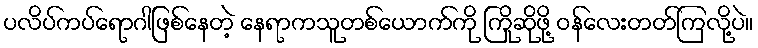
ပလိပ်ကပ်ရောဂါဖြစ်နေတဲ့ နေရာကသူတစ်ယောက်ကို ကြိုဆိုဖို့ ဝန်လေးတတ်ကြလို့ပဲ။